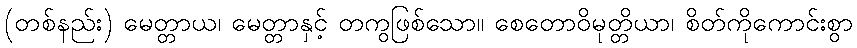
(တစ်နည်း) မေတ္တာယ၊ မေတ္တာနှင့် တကွဖြစ်သော။ စေတောဝိမုတ္တိယာ၊ စိတ်ကိုကောင်းစွာ